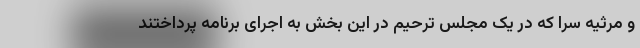
و مرثیه سرا که در یک مجلس ترحیم در این بخش به اجرای برنامه پرداختند